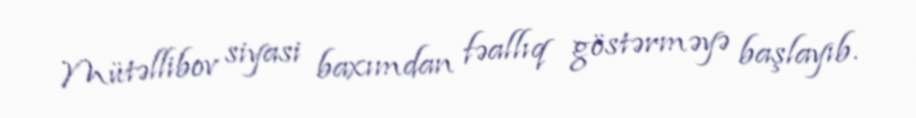
Mütəllibov siyasi baxımdan fəallıq göstərməyə başlayıb.